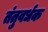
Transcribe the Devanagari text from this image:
तंतुवर्धक